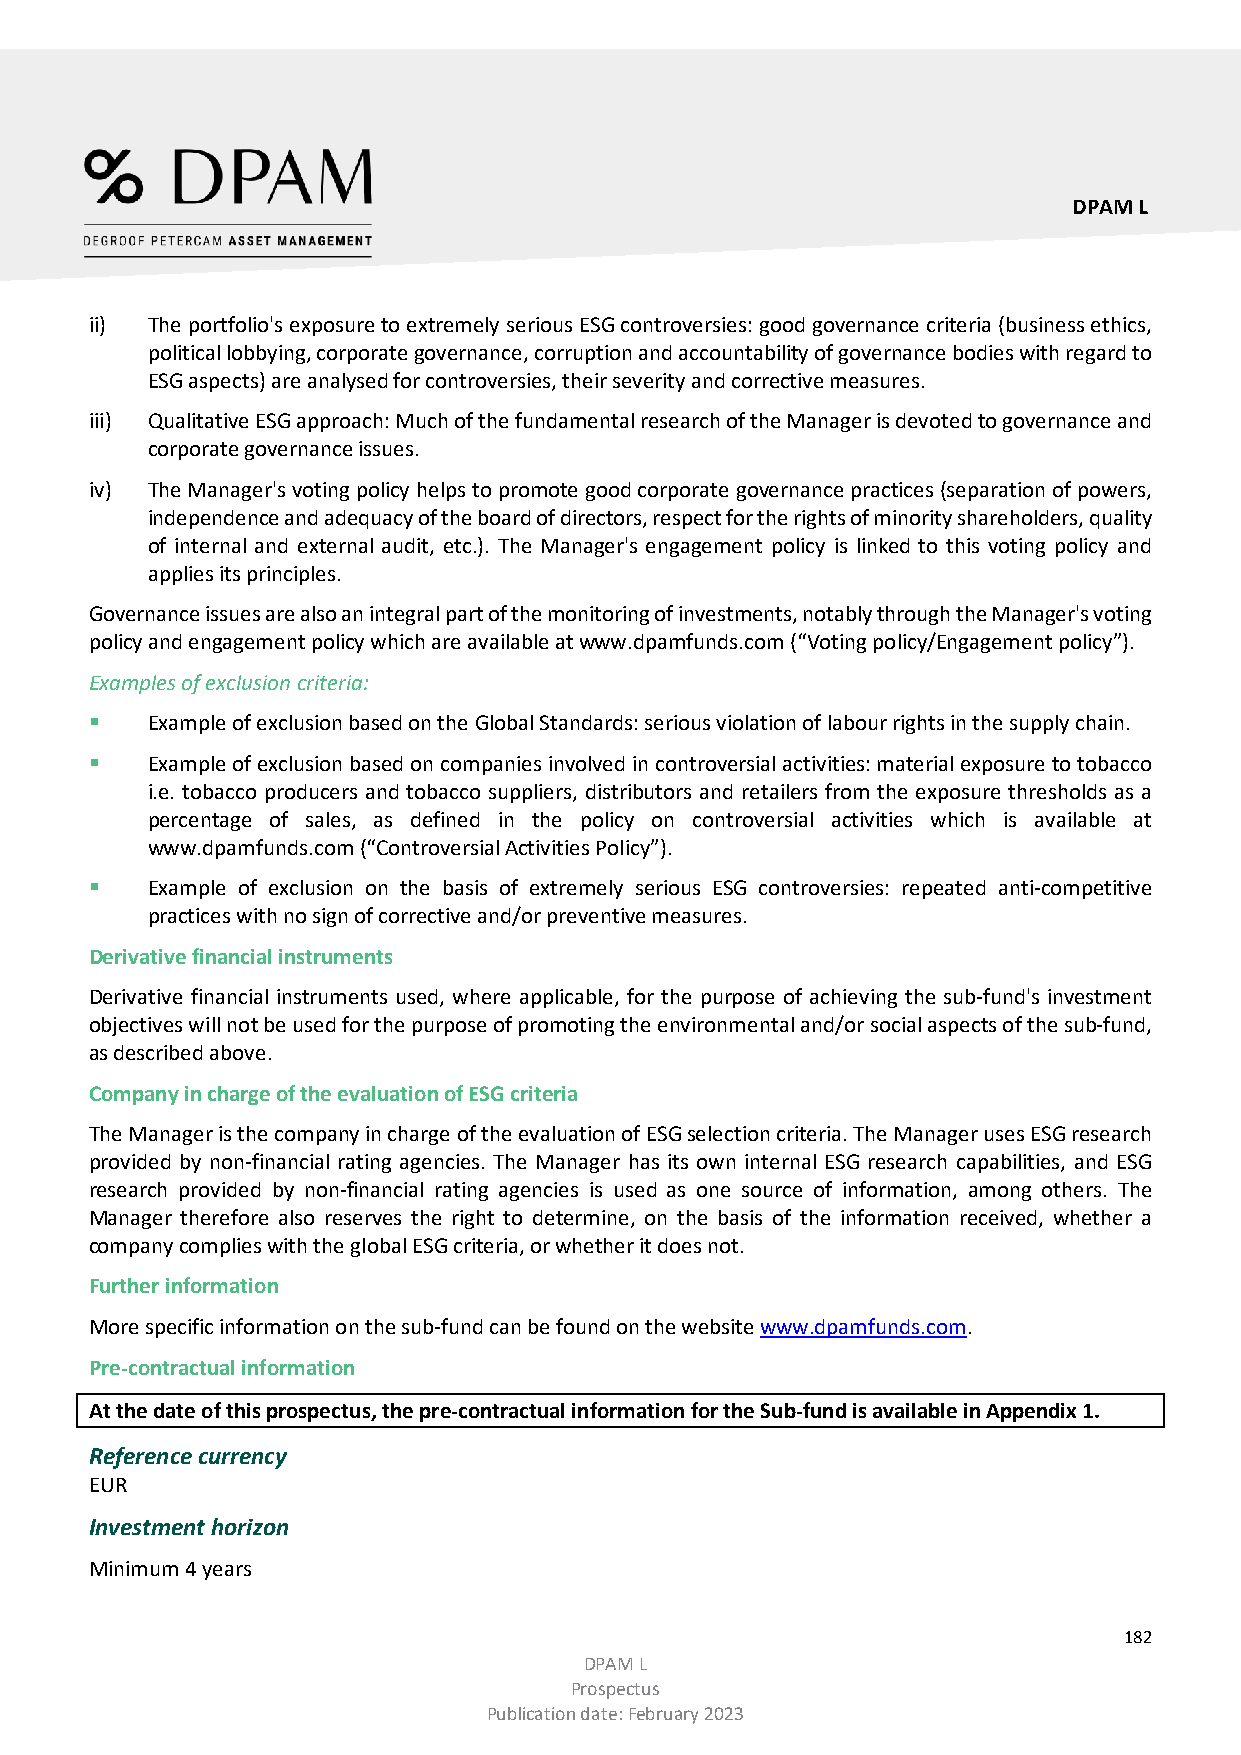
DPAM L
 ii) The portfolio's exposure to extremely serious ESG controversies: good governance criteria (business ethics,
 political lobbying, corporate governance, corruption and accountability of governance bodies with regard to
 ESG aspects) are analysed for controversies, their severity and corrective measures.
 iii) Qualitative ESG approach: Much of the fundamental research of the Manager is devoted to governance and
 corporate governance issues.
 iv) The Manager's voting policy helps to promote good corporate governance practices (separation of powers,
 independence and adequacy of the board of directors, respect for the rights of minority shareholders, quality
 of internal and external audit, etc.). The Manager's engagement policy is linked to this voting policy and
 applies its principles.
 Governance issues are also an integral part of the monitoring of investments, notably through the Manager's voting
 policy and engagement policy which are available at www.dpamfunds.com (“Voting policy/Engagement policy”).
 Examples of exclusion criteria:
    Example of exclusion based on the Global Standards: serious violation of labour rights in the supply chain.
    Example of exclusion based on companies involved in controversial activities: material exposure to tobacco
 i.e. tobacco producers and tobacco suppliers, distributors and retailers from the exposure thresholds as a
 percentage of sales, as defined in the policy on controversial activities which is available at
 www.dpamfunds.com (“Controversial Activities Policy”).
    Example of exclusion on the basis of extremely serious ESG controversies: repeated anti-competitive
 practices with no sign of corrective and/or preventive measures.
 Derivative financial instruments
 Derivative financial instruments used, where applicable, for the purpose of achieving the sub-fund's investment
 objectives will not be used for the purpose of promoting the environmental and/or social aspects of the sub-fund,
 as described above.
 Company in charge of the evaluation of ESG criteria
 The Manager is the company in charge of the evaluation of ESG selection criteria. The Manager uses ESG research
 provided by non-financial rating agencies. The Manager has its own internal ESG research capabilities, and ESG
 research provided by non-financial rating agencies is used as one source of information, among others. The
 Manager therefore also reserves the right to determine, on the basis of the information received, whether a
 company complies with the global ESG criteria, or whether it does not.
 Further information
 More specific information on the sub-fund can be found on the website www.dpamfunds.com.
 Pre-contractual information
 At the date of this prospectus, the pre-contractual information for the Sub-fund is available in Appendix 1.
 Reference currency
 EUR
 Investment horizon
 Minimum 4 years
 182
 DPAM L
 Prospectus
 Publication date: February 2023